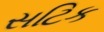
સટિક